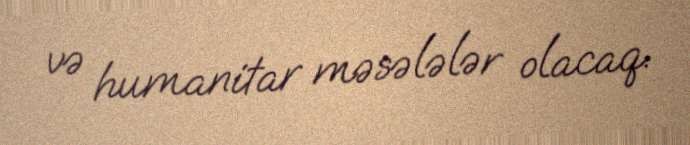
və humanitar məsələlər olacaq.